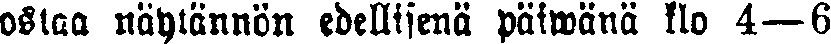
ostaa näytännön edellisenä päiwänä klo 4—6